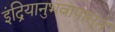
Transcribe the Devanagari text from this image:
इंद्रियानुभवापासून